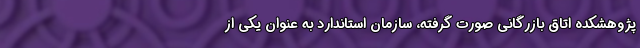
پژوهشکده اتاق بازرگانی صورت گرفته، سازمان استاندارد به عنوان یکی از